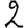
Digit: 2